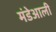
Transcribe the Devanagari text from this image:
मंडेआली